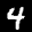
Label: 4